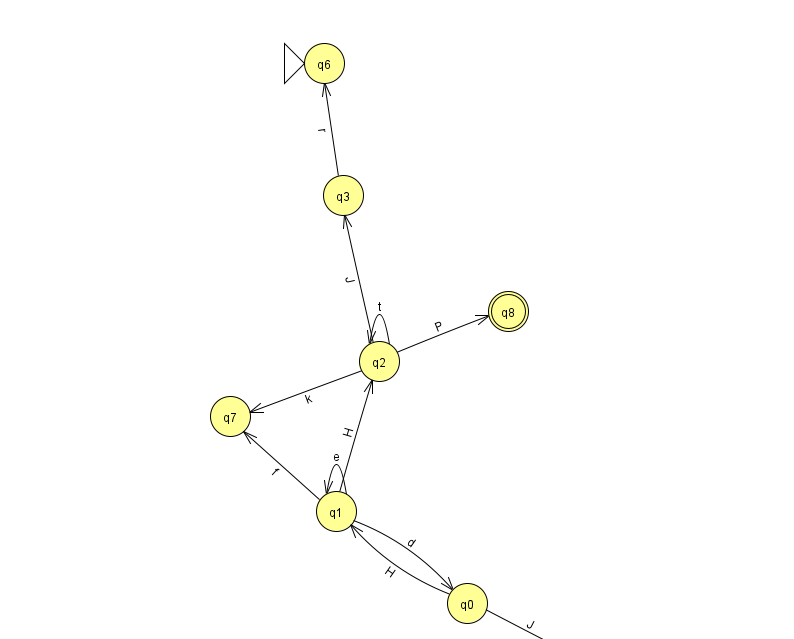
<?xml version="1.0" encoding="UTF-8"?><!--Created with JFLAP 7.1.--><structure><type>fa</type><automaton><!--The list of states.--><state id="0" name="q0"><x>467.0</x><y>590.0</y></state><state id="1" name="q1"><x>336.0</x><y>498.0</y></state><state id="2" name="q2"><x>379.0</x><y>348.0</y></state><state id="3" name="q3"><x>343.0</x><y>182.0</y></state><state id="4" name="q4"><x>586.0</x><y>651.0</y><final/></state><state id="6" name="q6"><x>324.0</x><y>50.0</y><initial/></state><state id="7" name="q7"><x>230.0</x><y>403.0</y></state><state id="8" name="q8"><x>508.0</x><y>298.0</y><final/></state><!--The list of transitions.--><transition><from>1</from><to>2</to><read>H</read></transition><transition><from>2</from><to>7</to><read>k</read></transition><transition><from>0</from><to>1</to><read>H</read></transition><transition><from>2</from><to>2</to><read>t</read></transition><transition><from>2</from><to>3</to><read>J</read></transition><transition><from>1</from><to>1</to><read>e</read></transition><transition><from>1</from><to>7</to><read>f</read></transition><transition><from>2</from><to>8</to><read>P</read></transition><transition><from>0</from><to>4</to><read>J</read></transition><transition><from>3</from><to>6</to><read>r</read></transition><transition><from>1</from><to>0</to><read>d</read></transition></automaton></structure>